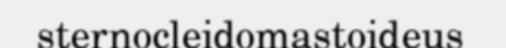
sternocleidomastoideus